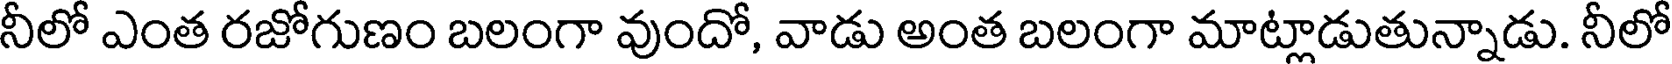
నీలో ఎంత రజోగుణం బలంగా వుందో, వాడు అంత బలంగా మాట్లాడుతున్నాడు. నీలో